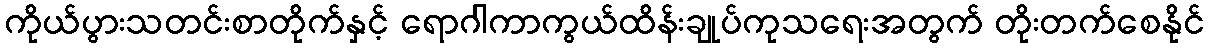
ကိုယ်ပွားသတင်းစာတိုက်နှင့် ရောဂါကာကွယ်ထိန်းချုပ်ကုသရေးအတွက် တိုးတက်စေနိုင်